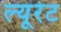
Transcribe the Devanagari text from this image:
ल्यूरेट